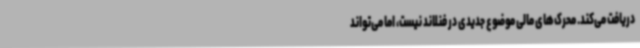
دریافت می‌کند. محرک‌های مالی موضوع جدیدی در فنلاند نیست، اما می‌تواند